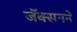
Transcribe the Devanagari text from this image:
जॅक्सनने